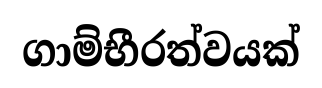
ගාම්භීරත්වයක්